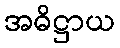
အဓိဋ္ဌာယ